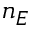
n _ { E }